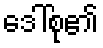
ဒေါ်စု၏